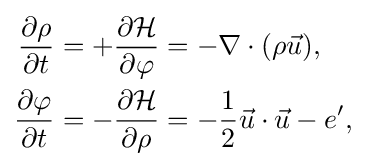
{\begin{aligned}{\frac {\partial \rho }{\partial t}}&=+{\frac {\partial {\mathcal {H}}}{\partial \varphi }}=-\nabla \cdot (\rho {\vec {u}}),\\{\frac {\partial \varphi }{\partial t}}&=-{\frac {\partial {\mathcal {H}}}{\partial \rho }}=-{\frac {1}{2}}{\vec {u}}\cdot {\vec {u}}-e',\end{aligned}}